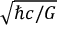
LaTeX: \sqrt { \hbar c / G }